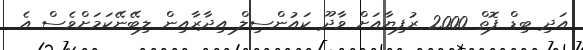
އަދި ބިޑް ފޮތް 2000 ރުފިޔާއަށް ވާދޫ ކައުންސިލް އިދާރާއިން ލިބޭނޭކަމަށްވެސް އެ